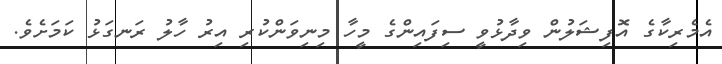
އެމެރިކާގެ އޮފިޝަލުން ވިދާޅުވީ ސިފައިންގެ މީހާ މިނިވަންކުރި އިރު ހާލު ރަނގަޅު ކަމަށެވެ.